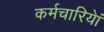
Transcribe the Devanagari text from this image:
कर्मचारियेां